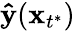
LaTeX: \mathbf{\hat{y}}(\mathbf x_{t^{*}})